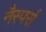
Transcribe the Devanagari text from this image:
नैस्पर्स